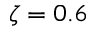
\zeta = 0 . 6